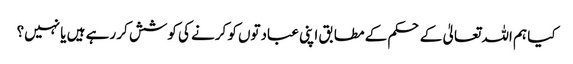
کیا ہم اللہ تعالیٰ کے حکم کے مطابق اپنی عبادتوں کو کرنے کی کوشش کر رہے ہیں یا نہیں؟